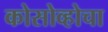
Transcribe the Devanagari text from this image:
कोसोव्होचा